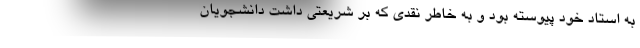
به استاد خود پیوسته بود و به خاطر نقدی که بر شریعتی داشت دانشجویان